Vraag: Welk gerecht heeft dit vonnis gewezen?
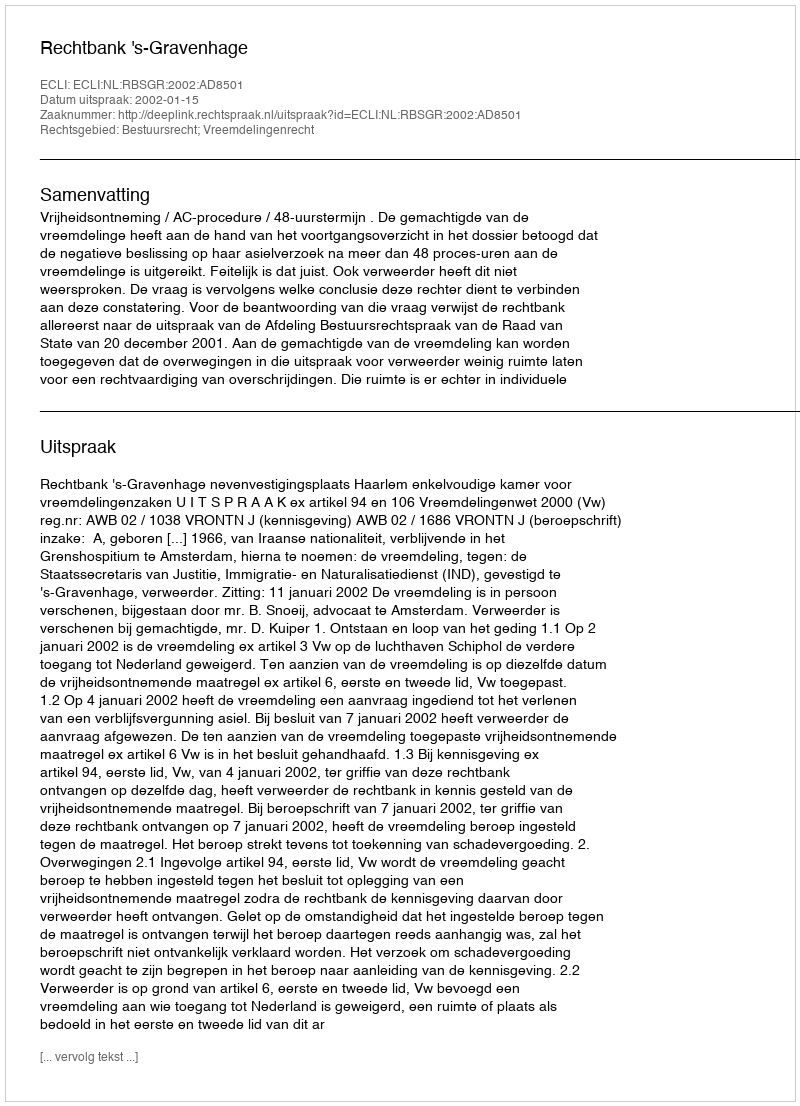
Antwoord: Rechtbank 's-Gravenhage